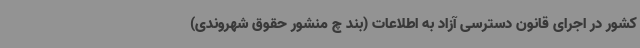
کشور در اجرای قانون دسترسی آزاد به اطلاعات (بند چ منشور حقوق شهروندی)